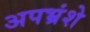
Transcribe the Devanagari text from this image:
अपभ्रंशे